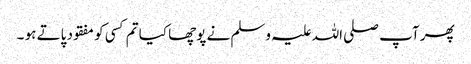
پھر آپ صلی اللہ علیہ وسلم نے پوچھا کیا تم کسی کو مفقود پاتے ہو ۔